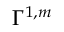
\Gamma ^ { 1 , m }